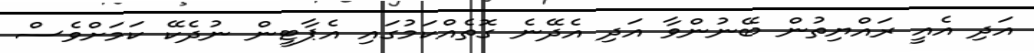
އަދި އެއީ ރައްޔިތުން ބޭނުންވާ އަދި އެދޭނެ ގޮތެއްކަމުގައި އެޕާޓީން ނުދެކޭ ކަމަށްވެސް